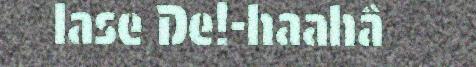
lase De!-haahâ